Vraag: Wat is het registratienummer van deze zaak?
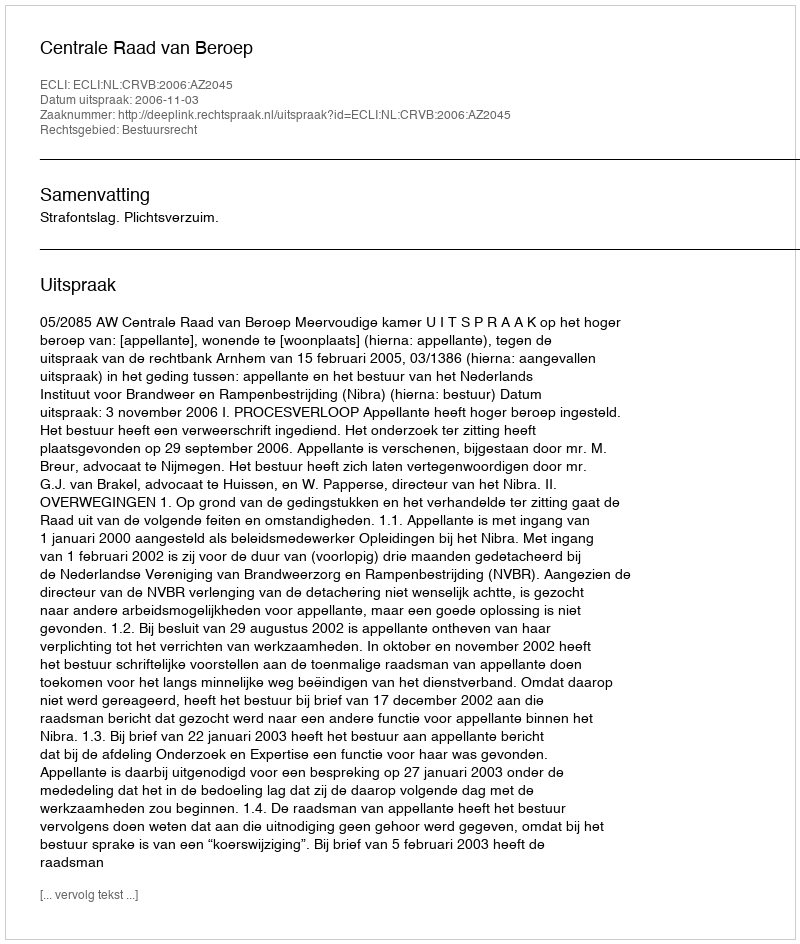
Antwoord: http://deeplink.rechtspraak.nl/uitspraak?id=ECLI:NL:CRVB:2006:AZ2045